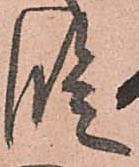
段